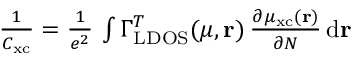
\begin{array} { r } { \frac { 1 } { C _ { \mathrm { x c } } } = \frac { 1 } { e ^ { 2 } } \, \int \Gamma _ { \mathrm { L D O S } } ^ { T } ( \mu , \mathbf { r } ) \, \frac { \partial \mu _ { \mathrm { x c } } ( \mathbf { r } ) } { \partial N } \, \mathrm { d } \mathbf { r } } \end{array}